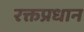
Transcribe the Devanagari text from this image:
रक्तप्रधान